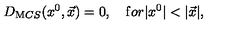
D _ { \mathrm M C S } ( x ^ { 0 } , \vec { x } ) = 0 , \quad { \mathrm f o r } | x ^ { 0 } | < | \vec { x } | ,